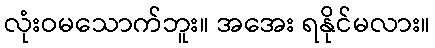
လုံးဝမသောက်ဘူး။ အအေး ရနိုင်မလား။